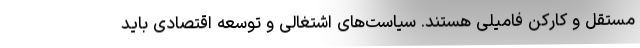
مستقل و کارکن فامیلی هستند. سیاست‌های اشتغالی و توسعه اقتصادی باید